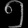
Digit: ၅